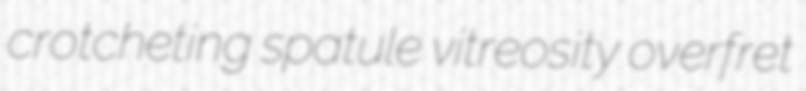
crotcheting spatule vitreosity overfret